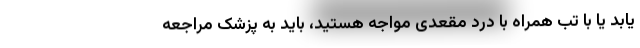
یابد یا با تب همراه با درد مقعدی مواجه هستید، باید به پزشک مراجعه